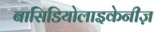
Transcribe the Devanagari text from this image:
बासिडियोलाइकेनीज़